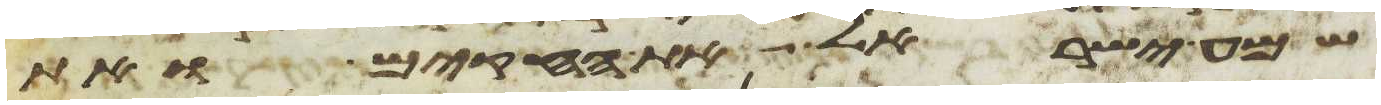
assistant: שמע ישראל את החקים ואת